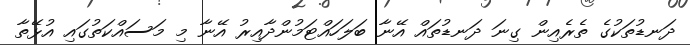
ދަނޑުތަކުގެ ތެރެއިން ގިނަ ދަނޑުތައް އޭނާ ބަލަހައްޓަމުންދާއިރު އޭނާ މި މަސައްކަތުގައި އުޅޭތާ